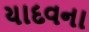
યાદવના